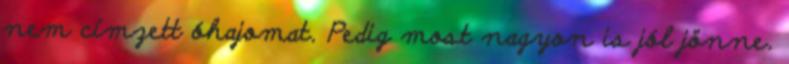
nem címzett óhajomat. Pedig most nagyon is jól jönne.